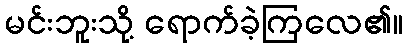
မင်းဘူးသို့ ရောက်ခဲ့ကြလေ၏။